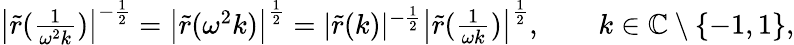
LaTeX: \begin{array}{r}{\big|\tilde{r}(\frac{1}{\omega^{2}k})\big|^{-\frac{1}{2}}=\big|\tilde{r}(\omega^{2}k)\big|^{\frac{1}{2}}=|\tilde{r}(k)|^{-\frac{1}{2}}\big|\tilde{r}(\frac{1}{\omega k})\big|^{\frac{1}{2}},\qquad k\in\mathbb{C}\setminus\{ -1,1\} ,}\end{array}